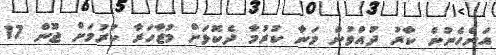
އަންހެނުން ކާރު ދުައްވުން މަނާ ކުރުމާ ދެކޮޅަށް މުޒާހަރާ ކުރުމަށް ޖޫން 17